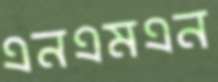
এনএমএন